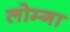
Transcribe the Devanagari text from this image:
लोम्गा